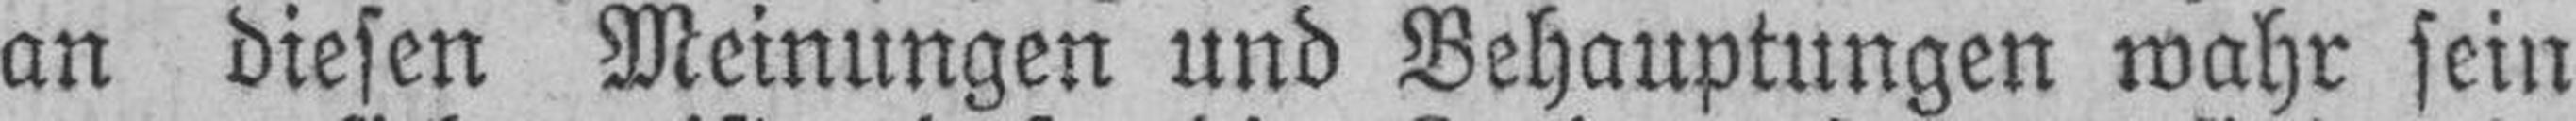
an diesen Meinungen und Behauptungen wahr sein